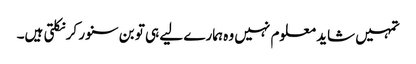
تمہیں شاید معلوم نہیں وہ ہمارے لیے ہی تو بن سنور کر نکلتی ہیں۔